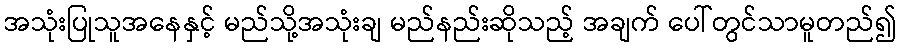
အသုံးပြုသူအနေနှင့် မည်သို့အသုံးချ မည်နည်းဆိုသည့် အချက် ပေါ်တွင်သာမူတည်၍